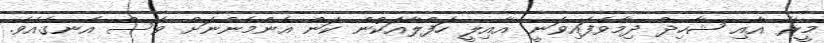
މީރާ އާއި ޝާހިދް ދިމާވެފައިވަނީ އާއިލީ ހަފްލާއަކުން ކަން އެންމެންނަށް ވެސް އެނގެއެވެ.